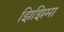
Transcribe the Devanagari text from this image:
झिझिमा